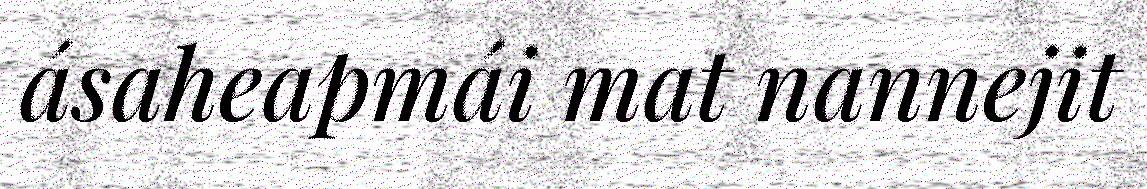
ásaheapmái mat nannejit